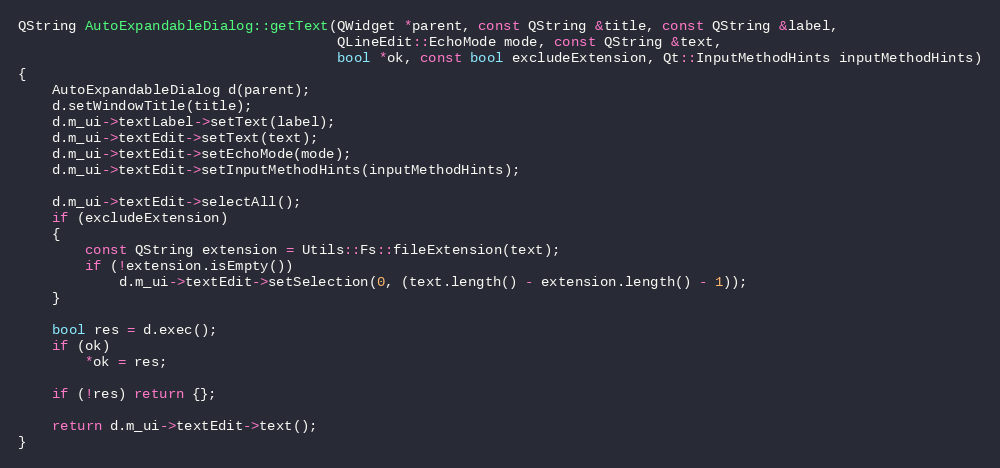
Language: C++
QString AutoExpandableDialog::getText(QWidget *parent, const QString &title, const QString &label,
                                      QLineEdit::EchoMode mode, const QString &text,
                                      bool *ok, const bool excludeExtension, Qt::InputMethodHints inputMethodHints)
{
    AutoExpandableDialog d(parent);
    d.setWindowTitle(title);
    d.m_ui->textLabel->setText(label);
    d.m_ui->textEdit->setText(text);
    d.m_ui->textEdit->setEchoMode(mode);
    d.m_ui->textEdit->setInputMethodHints(inputMethodHints);

    d.m_ui->textEdit->selectAll();
    if (excludeExtension)
    {
        const QString extension = Utils::Fs::fileExtension(text);
        if (!extension.isEmpty())
            d.m_ui->textEdit->setSelection(0, (text.length() - extension.length() - 1));
    }

    bool res = d.exec();
    if (ok)
        *ok = res;

    if (!res) return {};

    return d.m_ui->textEdit->text();
}